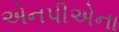
એનપીએના